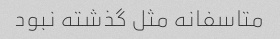
متاسفانه مثل گذشته نبود